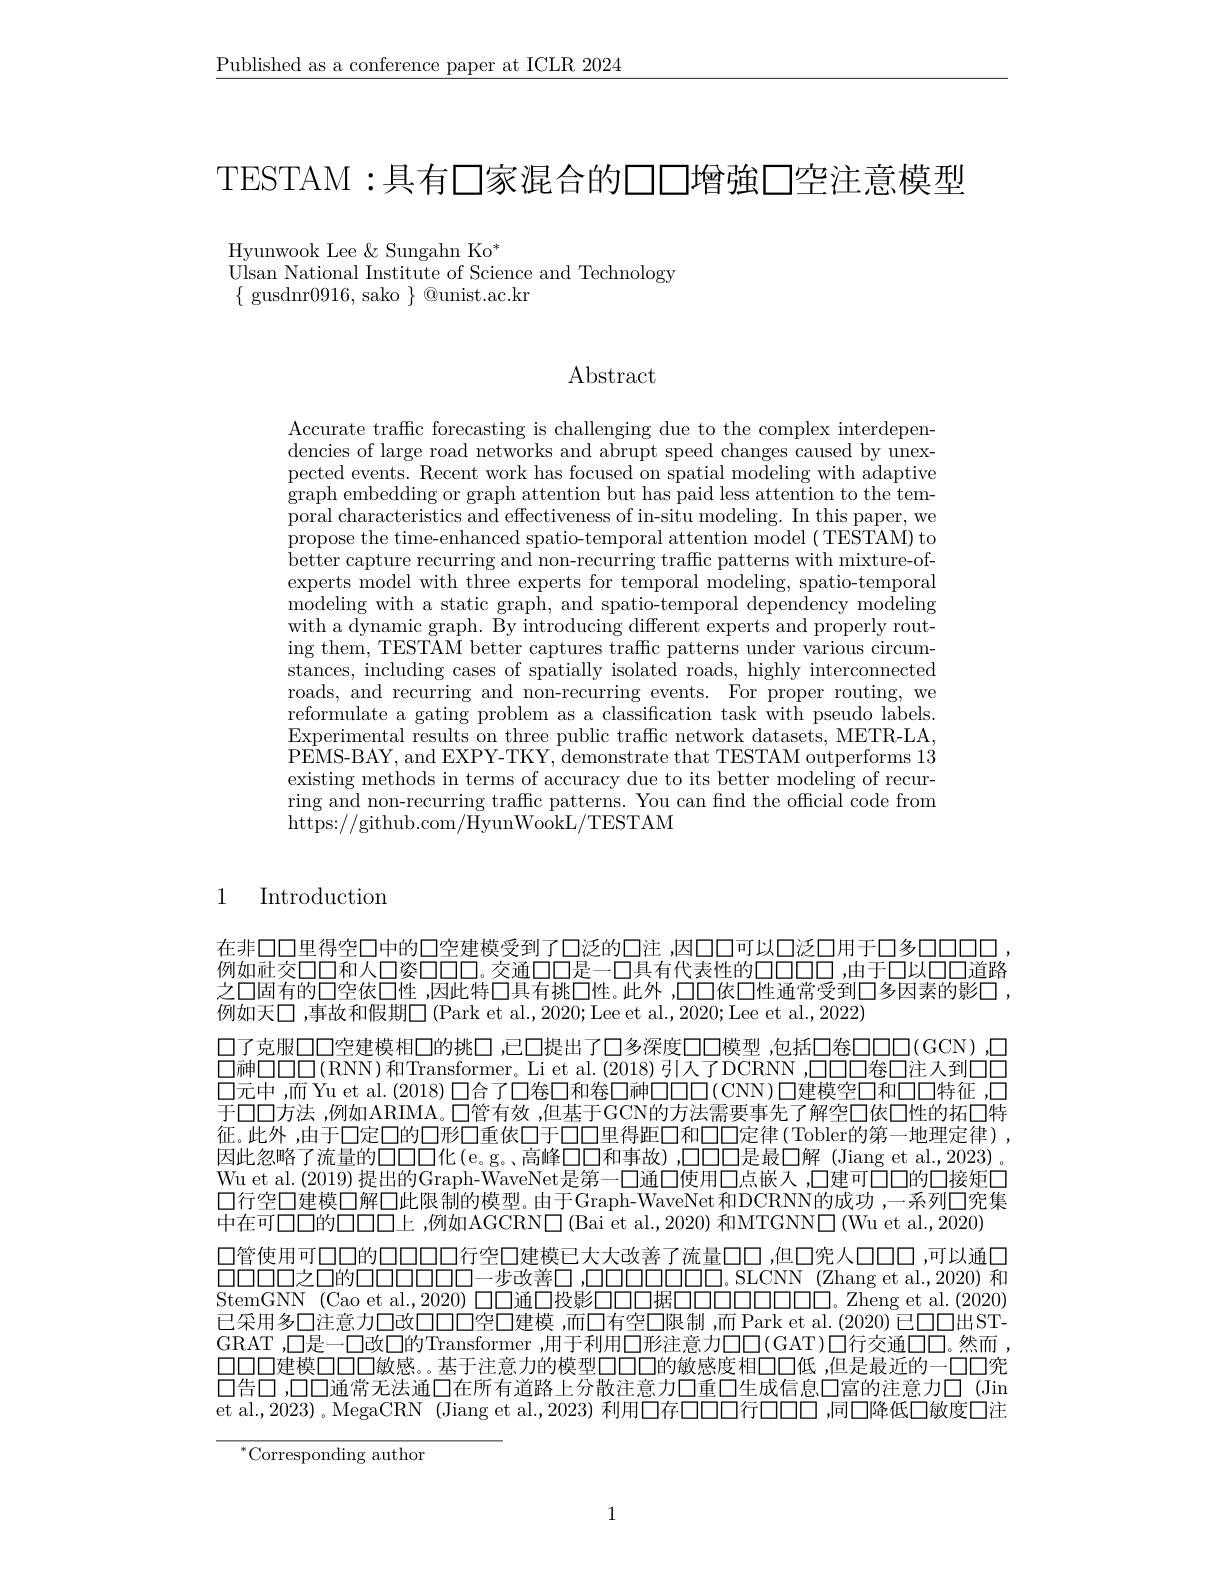
$\underline{\text{Published as a conference paper at ICLR 2024}}$

TESTAM:具有◯家混合的厂厂增強◯竿注意模型

Hyunwook Lee &Sungahn Ko$^*$
Ulsan National Institute of Science and Technology
$\{$ gusdnr0916, sako $\}$ @unist.ac.kr

Abstract

Accurate traffic forecasting is challenging due to the complex interdependencies of large road networks and abrupt speed changes caused by unexpected events. Recent work has focused on spatial modeling with adaptive graph embedding or graph attention but has paid less attention to the temporal characteristics and effectiveness of in-situ modeling. In this paper, we propose the time-enhanced spatio-temporal attention model (TESTAM) to better capture recurring and non-recurring traffc patterns with mixture-ofexperts model with three experts for temporal modeling, spatio-temporal $\dot{\text{modeling with a static graph, and spatio-temporal dependency modeling}}$ with a dynamic graph. By introducing different experts and properly routing them, TESTAM better captures traffc patterns under various circumstances, including cases of spatially isolated roads, highly interconnected roads, and recurring and non-recurring events. For proper routing, we reformulate a gating problem as a classification task with pseudo labels. Experimental results on three public traffic network datasets, METR-LA, $\dot{\mathrm{PEMS-BAY,~and~EXPY-TKY,~demonstrate~that~TESTAM~outperforms~13}}$ existing methods in terms of accuracy due to its better modeling of recurring and non-recurring traffic patterns. You can find the official code from https://github.com/HyunWookL/TESTAM

## 1 Introduction

在非口口里得空口中的口空建模受到了口泛的口注，因口口可以口泛口用于口多0000例如祉交口口和人口姿口口口。交通口口是一口具有代表性的口口口口，由于口以口口道路之口固有的口空依口性 ,因此特口具有挑□性。此外 ,口口依口性通常受到口多因素的影口 , 例如天口 ,事故和假期$\square$ (Park et al., 2020; Lee et al., 2020; Lee et al., 2022)
口了克服口口空建模相口的挑口，已口提出了口多深度口口模型 ,包括口卷口口口(GCN),口$\square$神$\square \square \square \square ($RNN) 和Transformer。Li et al.(2018)引入了DCRNN，口口卷口注入到口口口元中，而 Yu et al. (2018) $\square$合了口卷口和卷口神口口口(CNN)口建模空口和口口特征，口于口口方法 ,例如ARIMA。口管有效 ,但基于GCN的方法需要事先了解空口依口性的拓口特征。此外 ,由于口定口的口形口重依口于口口里得距口和口口定律(Tobler的第一地理定律), 因此忽略了流量的口口口化(e。g。高峰口口和事故),口口口是最口解(Jiang et al.,2023)。Wu et al. (2019) 提出的Graph-WaveNet是第一口通口使用◯点嵌入，口建可口口的口接矩口口行空口建模口解口此限制的模型。由于Graph-WaveNet 和DCRNN的成功 ,一系列口究集中在可口口的口口口上，例如AGCRN$\square$ (Bai et al.,2020) 和MTGNN$\square$(Wu et al.,2020)
口管使用可口口的口口口口行空口建模已大大改善了流量口口，但口究人口口口 ,可以通口$\square\square\square\square$之口的口口口口口口一步改善口，口口口口口口口口口。SLCNN(Zhang et al.,2020) 和StemGNN (Cao et al.,2020) 口口通口投影口口口据口口口口口口口口口口口口。Zheng et al.(2020) 已采用多口注意力口改口口口空口建模 ,而口有空口限制 ,而 Park et al. (2020) 已口口出STGRAT ,口是一口改口的Transformer ,用于利用$\square$形注意力口口(GAT)口行交通口口。然而， 口口口建模口口口敏感。基于注意力的模型口口口的敏感度相口口低 ,但是最近的一口口究口告口，口口通常无法通口在所有道路上分散注意力口重口生成信息口富的注意力口 (Jin et al.,2023)。MegaCRN (Jiang et al.,2023) 利用口存口口口7000，同口降低口敏度口注

$^{*}$Corresponding author

1